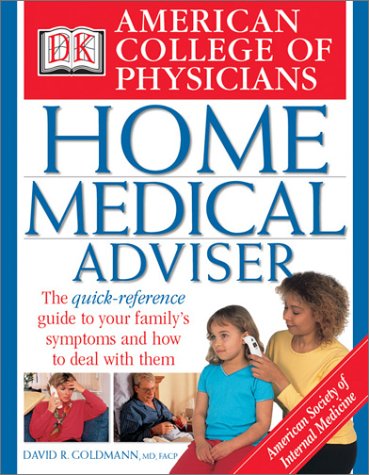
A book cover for American College of Physicians Home Medical Adviser; DK Publishing; Health, Fitness & Dieting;